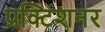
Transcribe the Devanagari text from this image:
प्रक्टिशनर